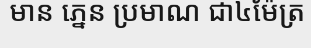
មាន ភ្នេន ប្រមាណ ជា៤ម៉ែត្រ